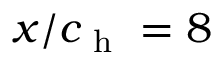
x / c _ { \mathrm { ~ h ~ } } = 8 \